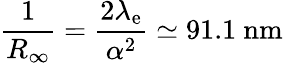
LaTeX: {\frac{1}{R_{\infty}}}={\frac{2\lambda_{\mathrm{e}}}{\alpha^{2}}}\simeq 91.1~{\textrm{nm}}